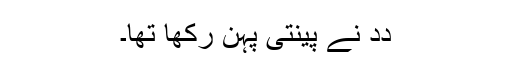
دِدِ نے پینتی پہن رکھا تھا۔